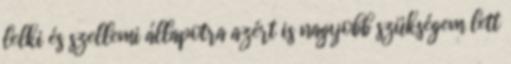
lelki és szellemi állapotra azért is nagyobb szükségem lett